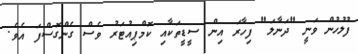
ފުލުހުން ވަނީ "ދަނާލަ" ފިހާރަ އިން ސީޑީތަކާއި ކޮމްޕިއުޓަރު ވެސް ގެންގޮސްފަ އެވެ.